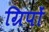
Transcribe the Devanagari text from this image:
ग्रिपों